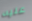
عليه